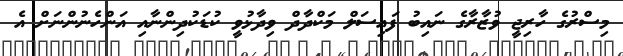
މިސްރުގެ ހާރިޖީ ވުޒާރާގެ ނައިބު ފައިސަލް މަކްދާދް ވިދާޅުވީ ކުޑަކުދިންނާއި އަންހެނުންނަށް އެ